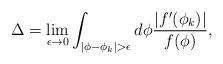
LaTeX: \begin{align*}\Delta=\lim_{\epsilon\rightarrow 0}\int_{|\phi-\phi_{k}|>\epsilon}d\phi\frac{|f^{\prime}(\phi_{k})|}{f(\phi)},\end{align*}